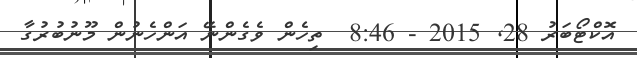
އޮކްޓޯބަރު 28